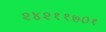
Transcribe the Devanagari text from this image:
२४२११७०१